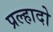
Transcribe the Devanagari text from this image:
प्रल्हादो